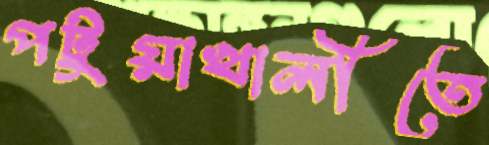
পটুয়াখালীতে